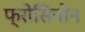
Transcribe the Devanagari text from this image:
फ्रोसिनोन